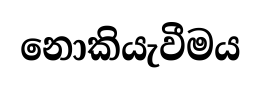
නොකියැවීමය